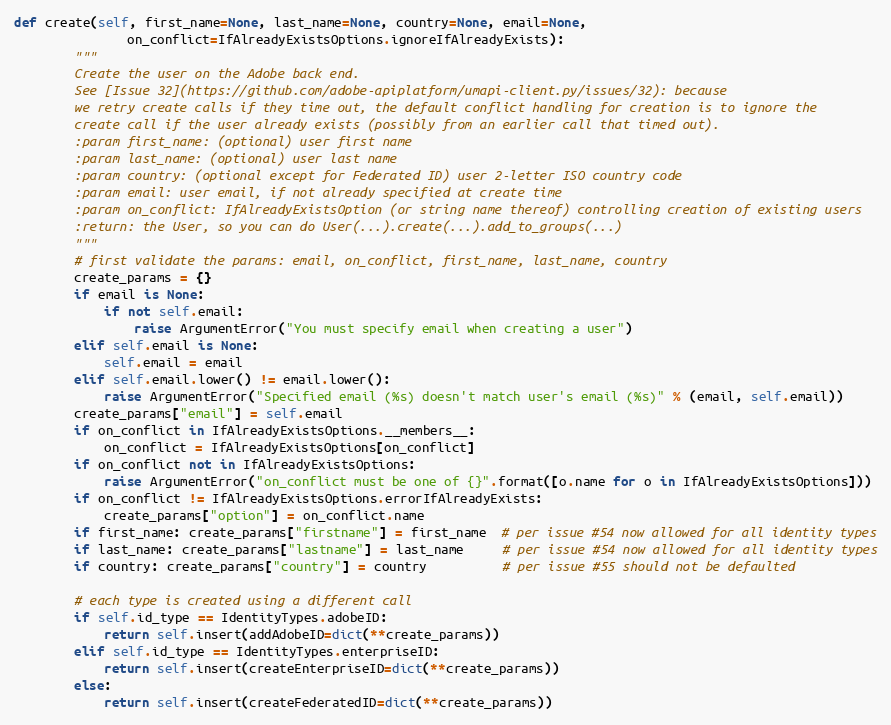
Language: Python
def create(self, first_name=None, last_name=None, country=None, email=None,
               on_conflict=IfAlreadyExistsOptions.ignoreIfAlreadyExists):
        """
        Create the user on the Adobe back end.
        See [Issue 32](https://github.com/adobe-apiplatform/umapi-client.py/issues/32): because
        we retry create calls if they time out, the default conflict handling for creation is to ignore the
        create call if the user already exists (possibly from an earlier call that timed out).
        :param first_name: (optional) user first name
        :param last_name: (optional) user last name
        :param country: (optional except for Federated ID) user 2-letter ISO country code
        :param email: user email, if not already specified at create time
        :param on_conflict: IfAlreadyExistsOption (or string name thereof) controlling creation of existing users
        :return: the User, so you can do User(...).create(...).add_to_groups(...)
        """
        # first validate the params: email, on_conflict, first_name, last_name, country
        create_params = {}
        if email is None:
            if not self.email:
                raise ArgumentError("You must specify email when creating a user")
        elif self.email is None:
            self.email = email
        elif self.email.lower() != email.lower():
            raise ArgumentError("Specified email (%s) doesn't match user's email (%s)" % (email, self.email))
        create_params["email"] = self.email
        if on_conflict in IfAlreadyExistsOptions.__members__:
            on_conflict = IfAlreadyExistsOptions[on_conflict]
        if on_conflict not in IfAlreadyExistsOptions:
            raise ArgumentError("on_conflict must be one of {}".format([o.name for o in IfAlreadyExistsOptions]))
        if on_conflict != IfAlreadyExistsOptions.errorIfAlreadyExists:
            create_params["option"] = on_conflict.name
        if first_name: create_params["firstname"] = first_name  # per issue #54 now allowed for all identity types
        if last_name: create_params["lastname"] = last_name     # per issue #54 now allowed for all identity types
        if country: create_params["country"] = country          # per issue #55 should not be defaulted

        # each type is created using a different call
        if self.id_type == IdentityTypes.adobeID:
            return self.insert(addAdobeID=dict(**create_params))
        elif self.id_type == IdentityTypes.enterpriseID:
            return self.insert(createEnterpriseID=dict(**create_params))
        else:
            return self.insert(createFederatedID=dict(**create_params))